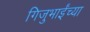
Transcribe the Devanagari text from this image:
गिजुभाईंच्या